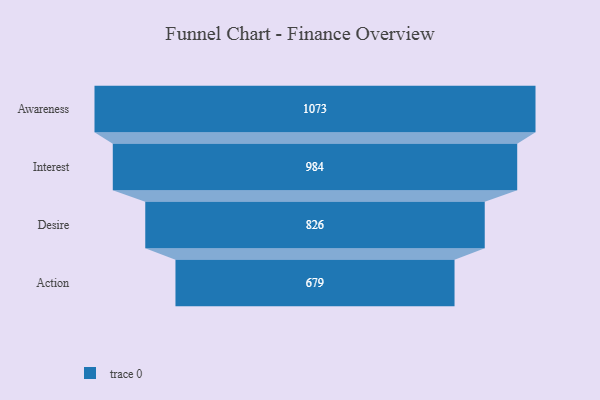
{"axis": {"x": "Stage", "y": "Value"}, "legend": [""], "data": [{"x": "Awareness", "y": 1073.0, "type": ""}, {"x": "Interest", "y": 984.0, "type": ""}, {"x": "Desire", "y": 826.0, "type": ""}, {"x": "Action", "y": 679.0, "type": ""}]}